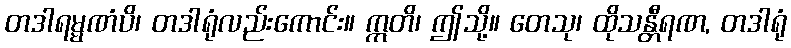
တဒါရမ္မဏံပိ၊ တဒါရုံလည်းကောင်း။ ဣတိ၊ ဤသို့။ တေသု၊ ထိုသန္တီရဏ, တဒါရုံ